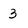
Character: 3